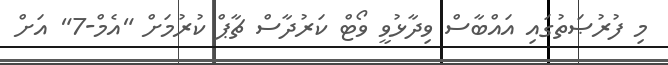
މި ފުރުޞަތުގައި އައްބާސް ވިދާޅުވީ ވޯޓް ކަރުދާސް ޗާޕް ކުރުމަށް "އެމް-7" އަށް